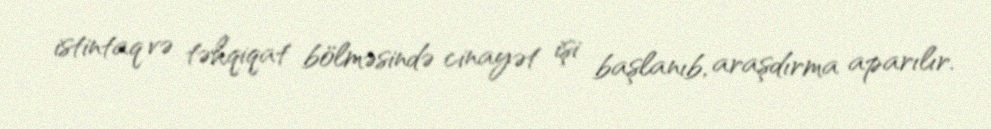
istintaq və təhqiqat bölməsində cinayət işi başlanıb, araşdırma aparılır.